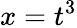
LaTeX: x=t^{3}